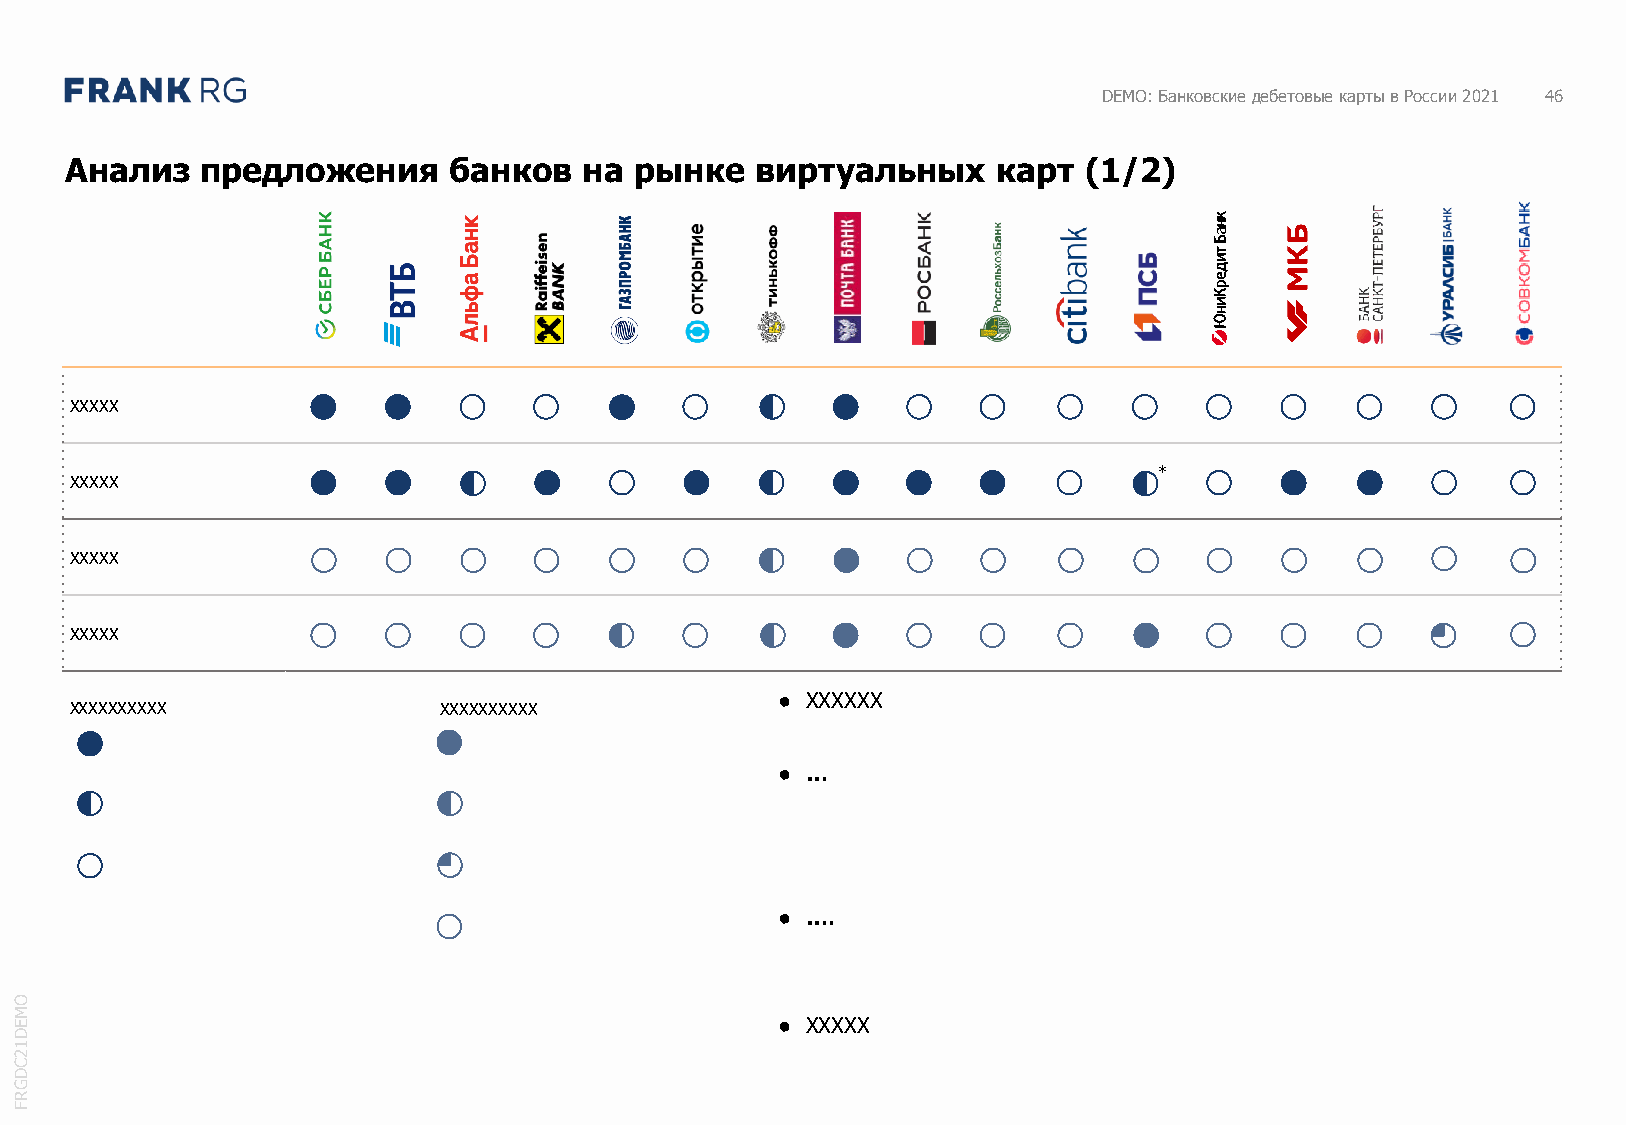
DEMO: Банковские дебетовые карты в России 2021 46
 Анализ   предложения      банков   на рынке   виртуальных     карт  (1/2)
 XXXXX
 *
 XXXXX
 XXXXX
 XXXXX
 ● XXXXXX
 XXXXXXXXXX              XXXXXXXXXX
 ● …
 ● ….
 O
 M
 E                                                 ● XXXXX
 D
 1
 2
 C
 D
 G
 R
 F